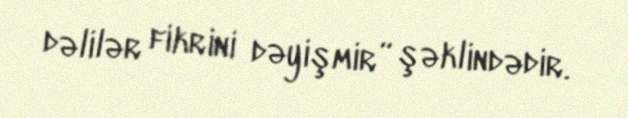
dəlilər fikrini dəyişmir” şəklindədir.